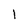
Character: 1